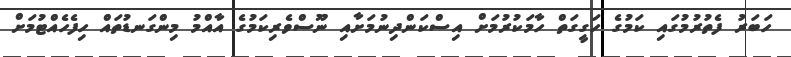
ހަބަރު ފެތުރުމުގައި ކަމުގެ ހަގީގަތް ހާމަކުރުމަށް އިސްކަންދިނުމަށާއި ނޫސްވެރިކަމުގެ އާއްމު މިންގަނޑުތައް ހިފެހެއްޓުމަށް